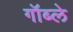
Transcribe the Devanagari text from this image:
गॉब्ले